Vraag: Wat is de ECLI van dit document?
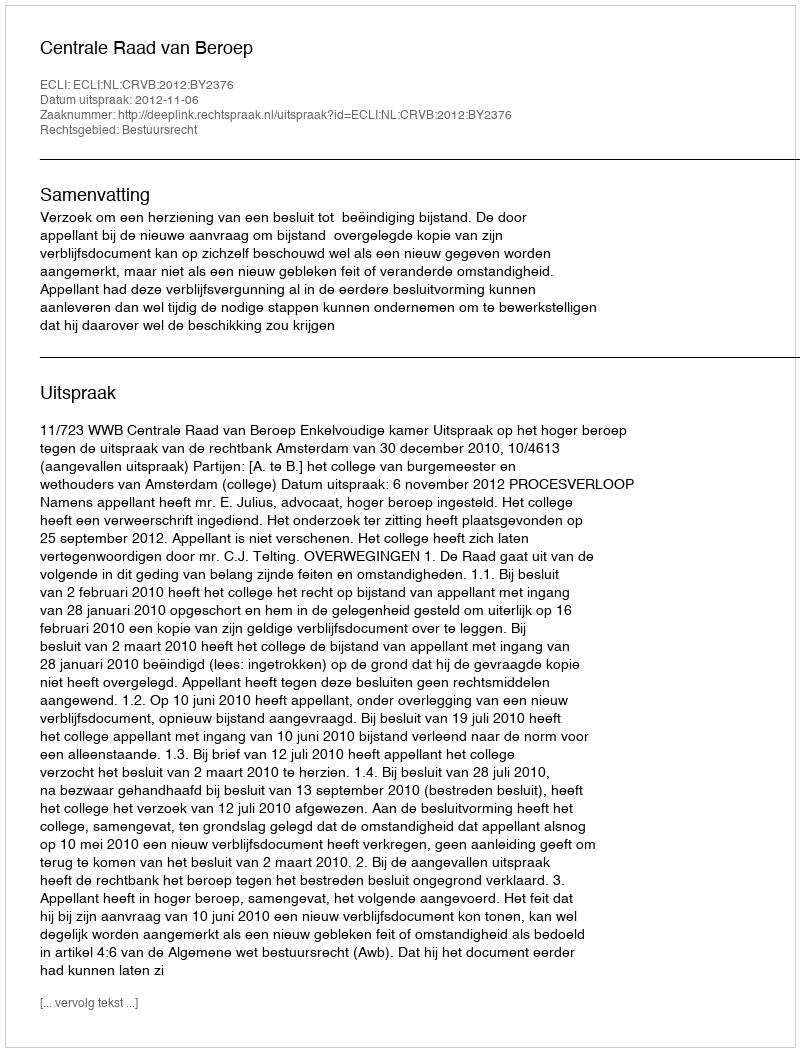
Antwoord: ECLI:NL:CRVB:2012:BY2376